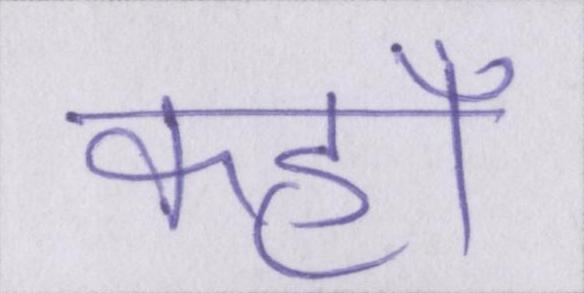
कहॉं